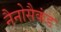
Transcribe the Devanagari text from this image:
नैनोसैकंड